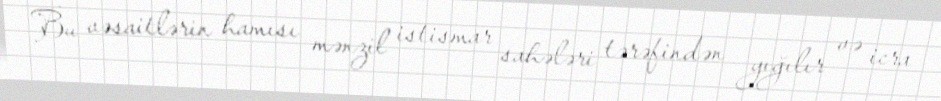
Bu vəsaitlərin hamısı mənzil istismar sahələri tərəfindən yığılır və icra